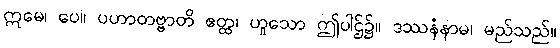
ဣမေ၊ ပေ။ ပဟာတဗ္ဗာတိ ဧတ္ထ၊ ဟူသော ဤပါဌ်၌။ ဒဿနံနာမ၊ မည်သည်။